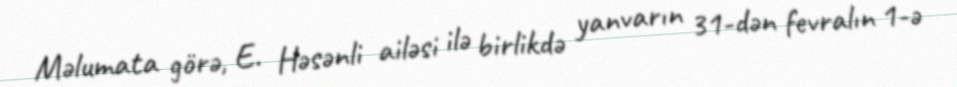
Məlumata görə, E. Həsənli ailəsi ilə birlikdə yanvarın 31-dən fevralın 1-ə